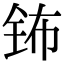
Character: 钸